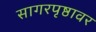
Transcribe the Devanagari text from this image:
सागरपृष्ठावर